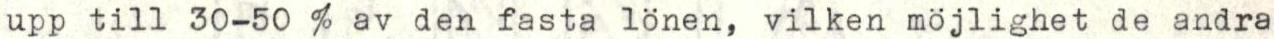
upp till 30-50 % av den fasta lönen, vilken möjlighet de andra